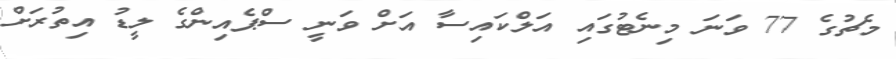
މެޗުގެ 77 ވަނަ މިނެޓުގައި އަލްކައިސާ އަށް ވަނީ ސްޕެއިންގެ ލީޑު އިތުރަށް